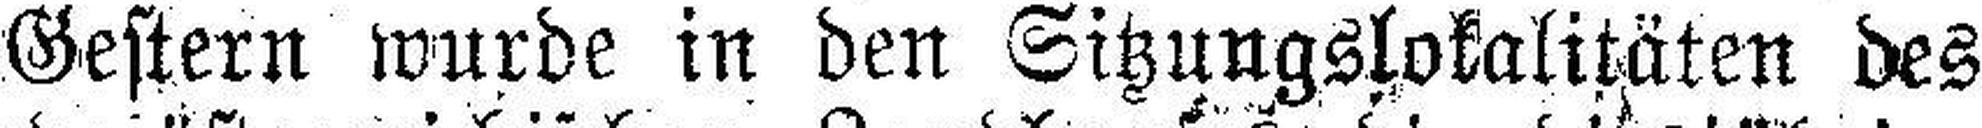
Gestern wurde in den Sitzungslokalitäten des